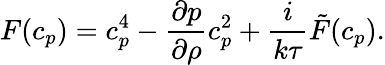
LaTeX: F(c_{p})=c_{p}^{4}-\frac{\partial p}{\partial\rho}c_{p}^{2}+\frac{i}{k\tau}\tilde{F}(c_{p}).